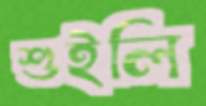
শুইলি